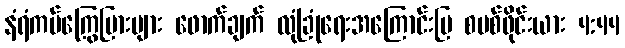
နံရံကပ်ကြွေပြားများ ဖောက်ချက် လုံခြုံရေးအကြောင်းပြ စပစ်ဖိုင်းယား 4:44